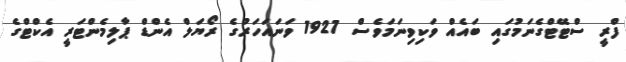
ފްރީ ސްޓޭޓްގެނަމުގައި ބައެއް ވަކިވިނަމަވެސް 1927 ވަނައަހަރުގެ ރޯޔަލް އެންޑް ޕާލިމެންޓަރީ އެކްޓްގެ